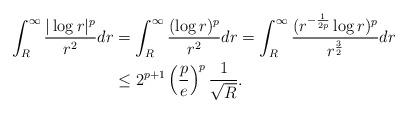
LaTeX: \begin{align*}\int_{R}^{\infty}\frac{|\log r|^{p}}{r^{2}}dr&=\int_{R}^{\infty}\frac{(\log r)^{p}}{r^{2}}dr=\int_{R}^{\infty}\frac{(r^{-\frac{1}{2p}}\log r)^{p}}{r^{\frac{3}{2}}}dr\\&\leq 2^{p+1}\left(\frac{p}{e}\right)^{p}\frac{1}{\sqrt{R}}.\end{align*}